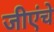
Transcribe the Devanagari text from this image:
जीएंचे